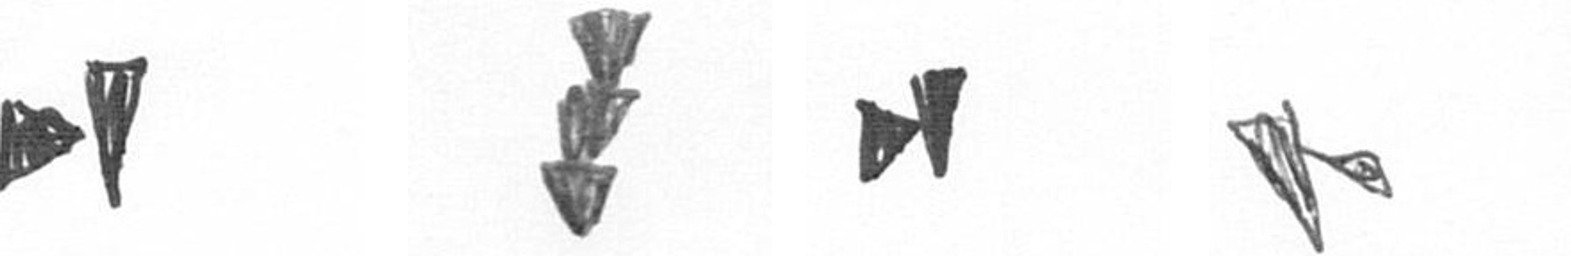
M E M F